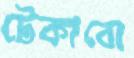
টেকাবো